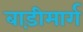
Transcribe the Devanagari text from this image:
बाड़ीमार्ग